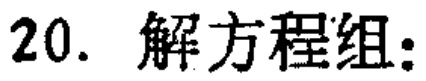
20. 解方程组: